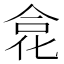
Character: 𠉼